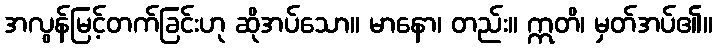
အလွန်မြင့်တက်ခြင်းဟု ဆိုအပ်သော။ မာနော၊ တည်း။ ဣတိ၊ မှတ်အပ်၏။